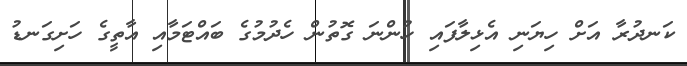
ކަނދުރާ އަށް ހިޔަނި އެޅިލާފައި ހުންނަ ގޮތުން ހެދުމުގެ ބައްޓަމާއި އާތީގެ ހަށިގަނޑު